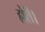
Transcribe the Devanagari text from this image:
होरी।